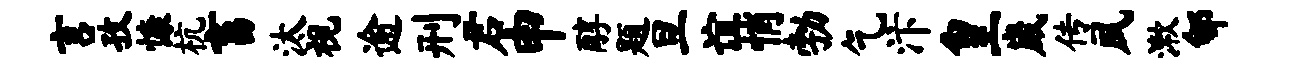
言孜慷杭畜汰视逾刑君申醇题旦谊悄勃乞汴皇崴传夙漱郇